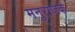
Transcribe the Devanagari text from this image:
मनुराजके